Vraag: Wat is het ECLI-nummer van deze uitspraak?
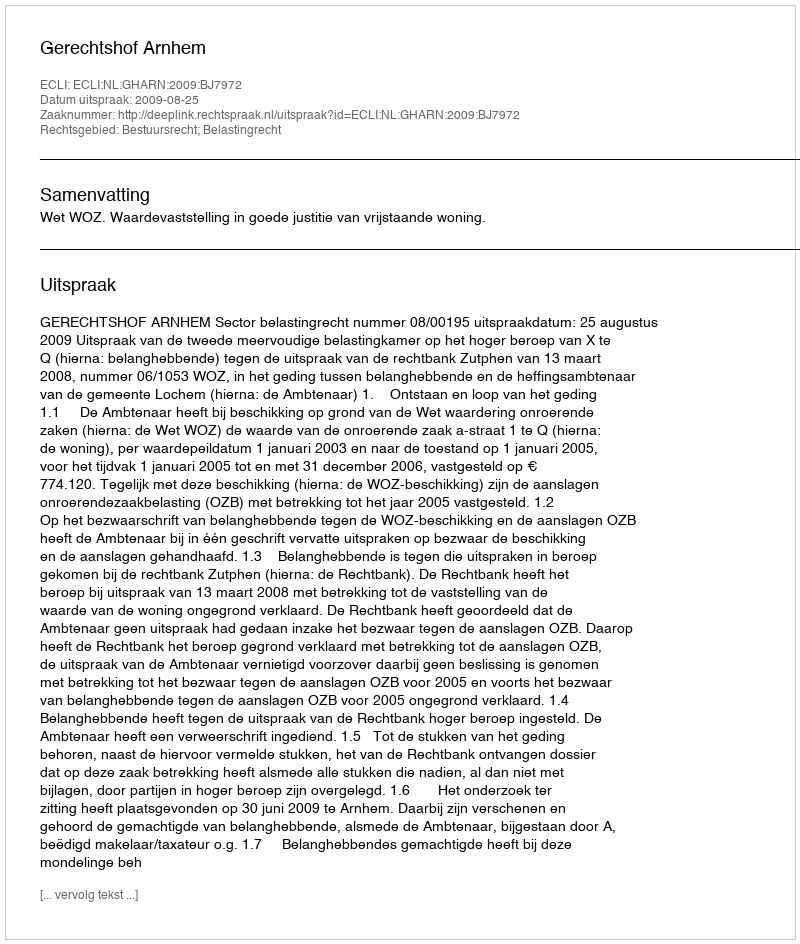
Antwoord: ECLI:NL:GHARN:2009:BJ7972